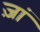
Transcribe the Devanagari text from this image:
ज़ां